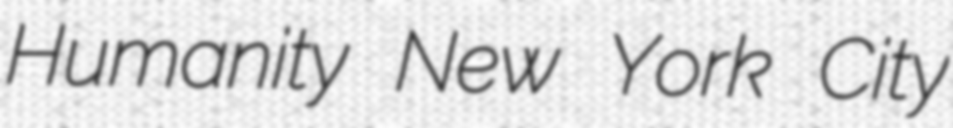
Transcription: Humanity New York City